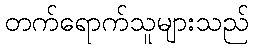
တက်ရောက်သူများသည်